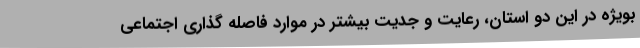
بویژه در این دو استان، رعایت و جدیت بیشتر در موارد فاصله گذاری اجتماعی